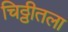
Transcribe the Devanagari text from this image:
चिठ्ठीतला